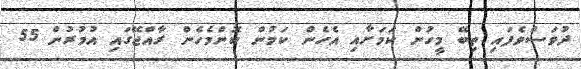
ދުވަސްވެފައި ތިބޭ މީހުން ކަމަށާއި އެހެން ކަމުން ކޮންމެހެން ރާއްޖޭގައި އުމުރުން 55